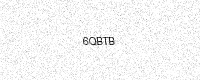
Text: 6QBTB